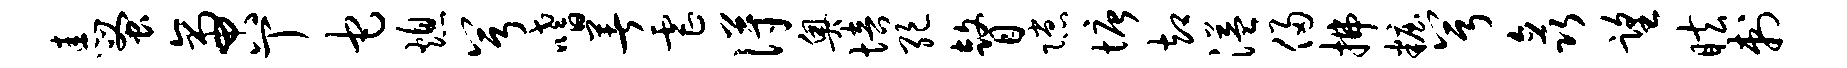
恚蚤啻丁它熄兮嗜著虐得奥培绝瞽隙塘却溢侵拂妆兮矗望眩刺